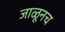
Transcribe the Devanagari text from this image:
जाळूनच